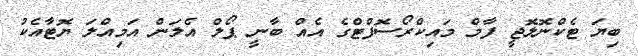
ބިޔަ ޓެކްނޮލޮޖީ ފާމް މައިކްރޯސޮފްޓްގެ އެއް ބާނީ ޕޯލް އެލަން އަމިއްލަ ޔޮޓާއެކު